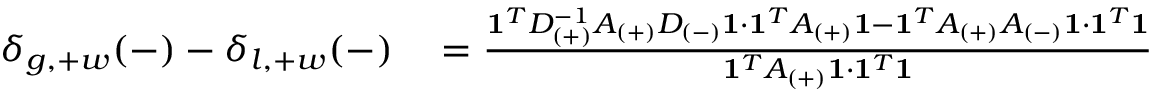
\begin{array} { r l } { \delta _ { g , + w } ( - ) - \delta _ { l , + w } ( - ) } & { { } = \frac { \mathbf { 1 } ^ { T } D _ { ( + ) } ^ { - 1 } A _ { ( + ) } D _ { ( - ) } \mathbf { 1 } \cdot \mathbf { 1 } ^ { T } A _ { ( + ) } \mathbf { 1 } - \mathbf { 1 } ^ { T } A _ { ( + ) } A _ { ( - ) } \mathbf { 1 } \cdot \mathbf { 1 } ^ { T } \mathbf { 1 } } { \mathbf { 1 } ^ { T } A _ { ( + ) } \mathbf { 1 } \cdot \mathbf { 1 } ^ { T } \mathbf { 1 } } \, } \end{array}